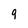
Character: 9